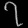
Digit: ၇